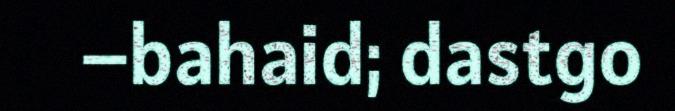
–bahaid; dastgo